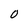
Character: O